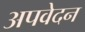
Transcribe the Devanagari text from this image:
अपवेदन